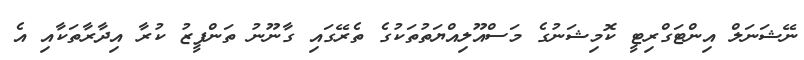
ނޭޝަނަލް އިންޓަގްރިޓީ ކޮމިޝަނުގެ މަސްއޫލިއްޔަތުތަކުގެ ތެރޭގައި ގާނޫނު ތަންފީޒު ކުރާ އިދާރާތަކާއި އެ